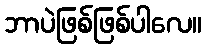
ဘာပဲဖြစ်ဖြစ်ပါလေ။